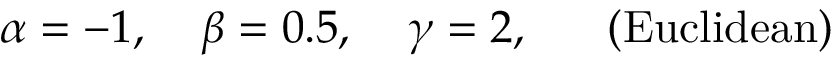
\alpha = - 1 , \; \; \; \; \beta = 0 . 5 , \; \; \; \; \gamma = 2 , \; \; \; \; \; \; ( \mathrm { E u c l i d e a n } )